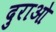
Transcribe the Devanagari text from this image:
दुराओ